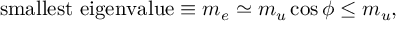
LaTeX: \mathrm { s m a l l e s t \ e i g e n v a l u e } \equiv m _ { e } \simeq m _ { u } \cos \phi \le m _ { u } ,